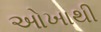
ઓખાથી